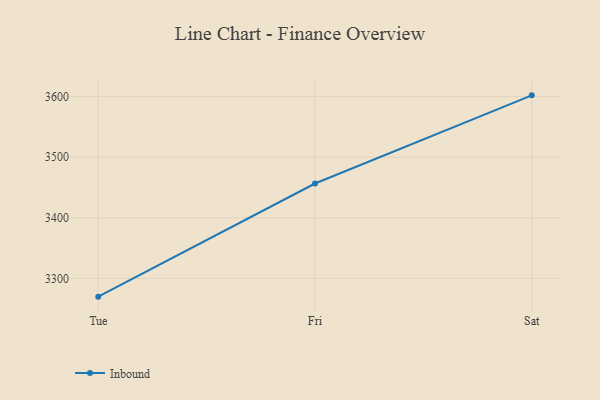
{"axis": {"x": "Day", "y": "Bounce Rate (%)"}, "legend": ["Inbound"], "data": [{"x": "Tue", "y": 3269.9, "type": "Inbound"}, {"x": "Fri", "y": 3456.6, "type": "Inbound"}, {"x": "Sat", "y": 3602.1, "type": "Inbound"}]}